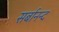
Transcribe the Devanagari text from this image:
सर्बानन्द